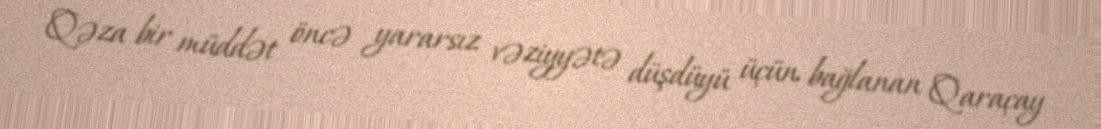
Qəza bir müddət öncə yararsız vəziyyətə düşdüyü üçün bağlanan Qaraçay